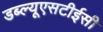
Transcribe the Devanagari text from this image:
डब्ल्यूएसटीईसी